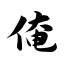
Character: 俺